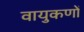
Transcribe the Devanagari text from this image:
वायुकणों